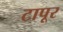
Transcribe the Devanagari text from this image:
टापूर